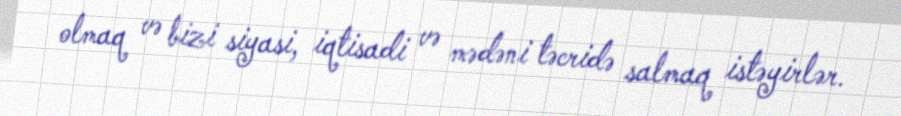
olmaq və bizi siyasi, iqtisadi və mədəni təcridə salmaq istəyirlər.